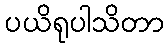
ပယိရုပါသိတာ